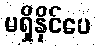
မရှိနိုင်ပေ